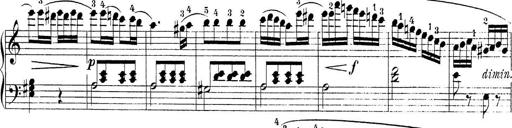
Title: Sonatina Album
Composer: Louis KÃ¶hler